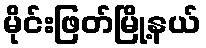
မိုင်းဖြတ်မြို့နယ်